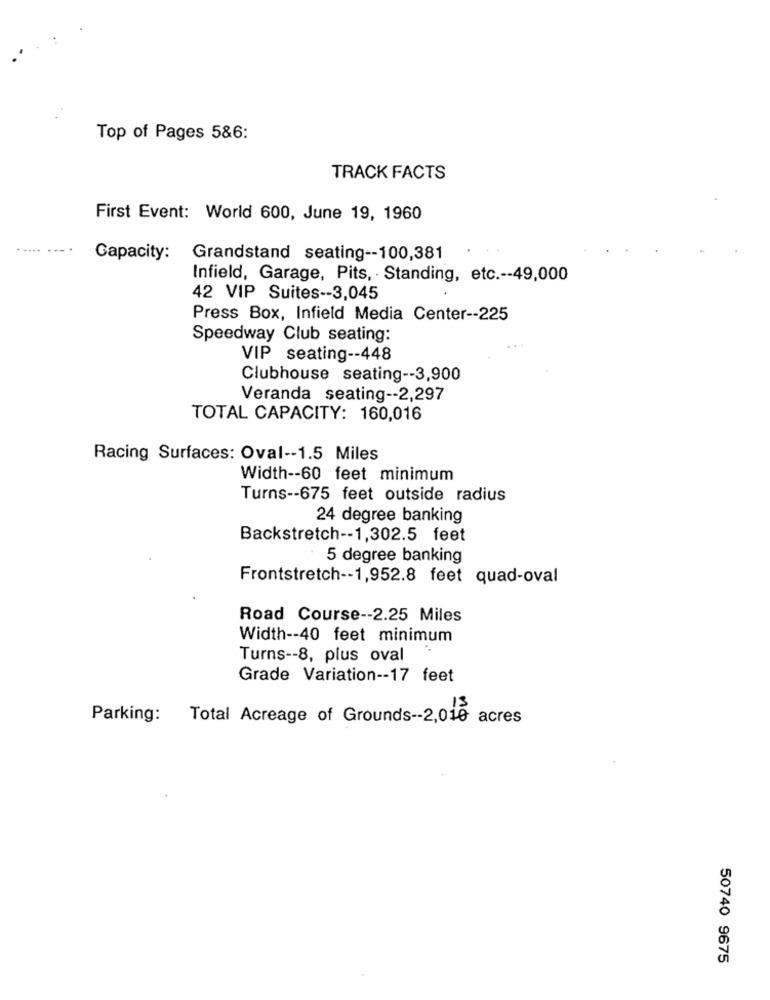
Top of Pages 5&6:
TRACK FACTS
First Event: World 600, June 19, 1960
...
....
Capacity:
Grandstand seating -- 100,381
Infield, Garage, Pits, Standing, etc .-- 49,000
42 VIP Suites -- 3,045
Press Box, Infield Media Center -- 225
Speedway Club seating:
VIP seating -- 448
Clubhouse seating -- 3,900
Veranda seating -- 2,297
TOTAL CAPACITY: 160,016
Racing Surfaces: Oval -- 1.5 Miles
Width -- 60 feet minimum
Turns -- 675 feet outside radius
24 degree banking
Backstretch -- 1,302.5 feet
5 degree banking
Frontstretch -- 1,952.8 feet quad-oval
Road Course -- 2.25 Miles
Width -- 40 feet minimum
Turns -- 8, plus oval
Grade Variation -- 17 feet
Parking: Total Acreage of Grounds -- 2,010 acres
50740 9675